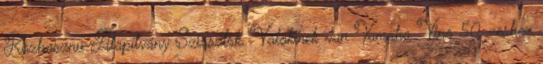
Közhasznú Alapítvány Sziasztok, Valakinek van Yamaha Vino 50 -eshez